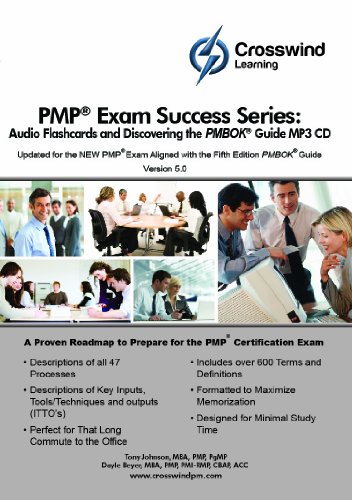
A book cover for PMP Exam Success Series: MP3 Audio Flashcards and Discovering the PMBOK Guide; MBA, CAPM, Project +, CSM, CCBA, PMI-SP, PMI-RMP, PMI-ACP, PMP, PgMP Tony Johnson; Test Preparation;